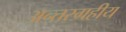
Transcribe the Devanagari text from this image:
अन्तरग्रहीय